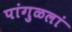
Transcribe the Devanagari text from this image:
पांगुळलां